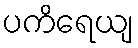
ပကိရေယျ